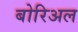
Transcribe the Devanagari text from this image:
बोरिअल